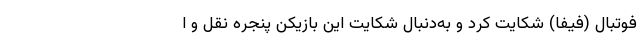
فوتبال (فیفا) شکایت کرد و به‌دنبال شکایت این بازیکن پنجره نقل و ا